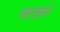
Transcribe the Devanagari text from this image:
मरजाने